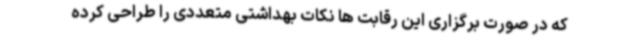
که در صورت برگزاری این رقابت ها نکات بهداشتی متعددی را طراحی کرده